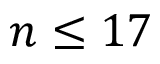
n \leq 1 7